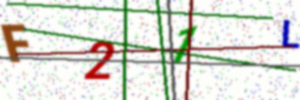
Text: F21L